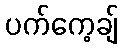
ပက်ကေ့ချ်